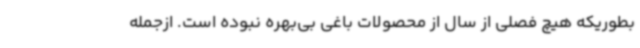
بطوریکه هیچ فصلی از سال از محصولات باغی بی‌بهره نبوده است. ازجمله